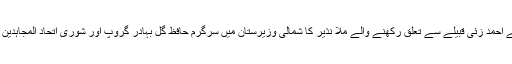
جنوبی وزیرستان کے احمد زئی قبیلے سے تعلق رکھنے والے ملا نذیر کا شمالی وزیرستان میں سرگرم حافظ گل بہادر گروپ اور شوریٰ اتحاد المجاہدین سے قریبی تعلق تھا۔